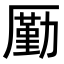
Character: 𠪲